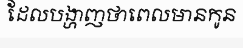
ដែលបង្ហាញថាពេលមានកូន